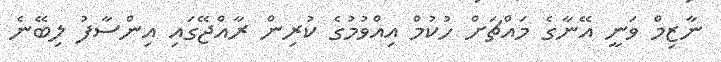
ނާޒިމް ވަނީ އޭނާގެ މައްޗަށް ހުކުމް އިއްވުމުގެ ކުރިން ރާއްޖޭގައި އިންސާފު ލިބޭނެ